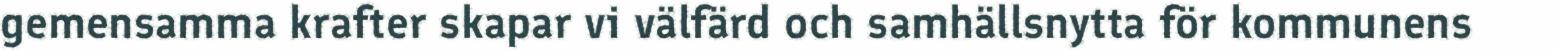
gemensamma krafter skapar vi välfärd och samhällsnytta för kommunens